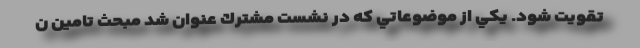
تقويت شود. يكي از موضوعاتي كه در نشست مشترك عنوان شد مبحث تامين ن